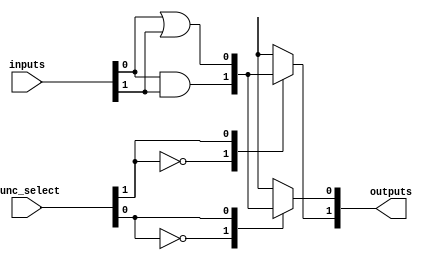
module combinational_logic_blocks #(
    parameter N = 4,  // Number of input signals
    parameter M = 2   // Number of output signals
)(
    input  [N-1:0]  inputs,      // Input signals
    input  [M-1:0]  func_select,  // Function select signals for each output
    output [M-1:0]  outputs       // Output signals
);

// Function selection for each output
generate
    genvar i;
    for (i = 0; i < M; i = i + 1) begin : logic_block
        assign outputs[i] = select_logic(inputs, func_select[i]);
    end
endgenerate

// Logic function selection
function [0:0] select_logic;
    input [N-1:0] inputs;
    input [0:0] func_select;

    case(func_select)
        1'b0: select_logic = inputs[0] & inputs[1];  // AND operation
        1'b1: select_logic = inputs[0] | inputs[1];  // OR operation
        // More cases can be added for other functions
        default: select_logic = 1'b0; // Default case
    endcase
endfunction

endmodule